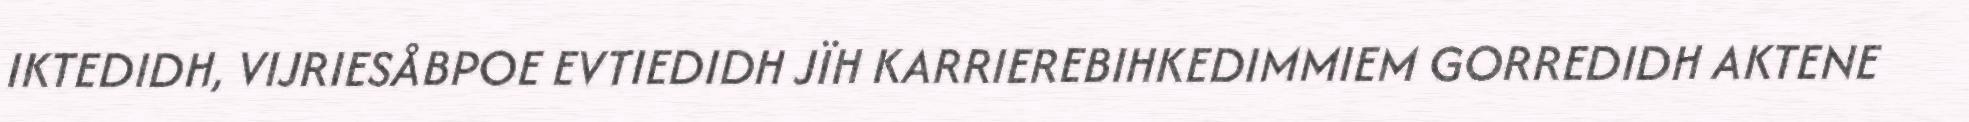
IKTEDIDH, VIJRIESÅBPOE EVTIEDIDH JÏH KARRIEREBIHKEDIMMIEM GORREDIDH AKTENE